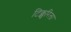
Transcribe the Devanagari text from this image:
टिक्कुरिला